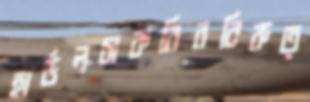
হার্ডলচাকরিরবিরুত্